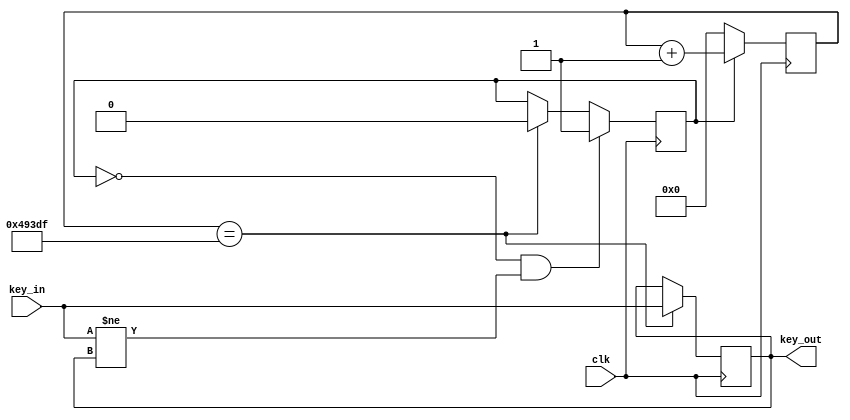
`timescale 1ns / 1ps
//////////////////////////////////////////////////////////////////////////////////
// Company: 
// Engineer: 
// 
// Design Name: 
// Module Name: confirmModule
// Project Name: 
// Target Devices: 
// Tool Versions: 
// Description: 
// 
// Dependencies: 
// 
// Revision:
// Revision 0.01 - File Created
// Additional Comments:
// 
//////////////////////////////////////////////////////////////////////////////////

module debounce(
input wire clk,
input wire key_in,
output reg key_out
);
// 20ms parameter
parameter TIME_20MS = 300000;
// variable
reg [20:0] cnt;
reg key_cnt;
// debounce time passed, refresh key state
always @(posedge clk) begin
if(cnt == TIME_20MS - 1)
key_out <= key_in;
end
// while in debounce state, count, otherwise 0
always @(posedge clk) begin
if(key_cnt)
cnt <= cnt + 1'b1;
else
cnt <= 0;
end
//
always @(posedge clk) begin
if(key_cnt == 0 && key_in != key_out)
key_cnt <= 1;
else if(cnt == TIME_20MS - 1)
key_cnt <= 0;
end
endmodule